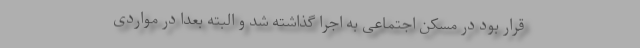
قرار بود در مسکن اجتماعی به اجرا گذاشته شد و البته بعدا در مواردی